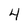
Character: 4